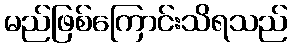
မည်ဖြစ်ကြောင်းသိရသည်